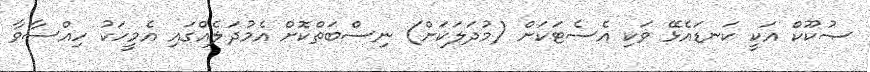
ޞުކޫކް އަކީ ކަނޑައެޅޭ ވަކި އެސެޓަކަށް (މުދަލަކަށް) ނިސްބަތްކޮށް އެމުދަލެއްގައި އެމީހަކު ހިއްސާވާ